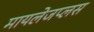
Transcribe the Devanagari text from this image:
मायलेजप्लस